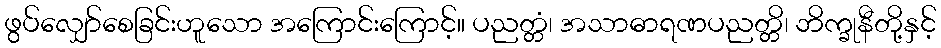
ဖွပ်လျှော်စေခြင်းဟူသော အကြောင်းကြောင့်။ ပညတ္တံ၊ အသာဓာရဏပညတ္တိ၊ ဘိက္ခုနီတို့နှင့်